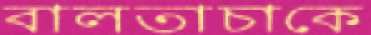
বালতাচাকে